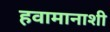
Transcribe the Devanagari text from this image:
हवामानाशी